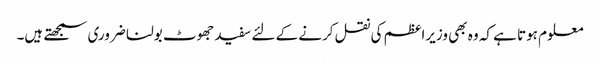
معلوم ہوتا ہے کہ وہ بھی وزیراعظم کی نقل کرنے کے لئے سفید جھوٹ بولنا ضروری سمجھتے ہیں۔